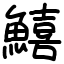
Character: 鱚